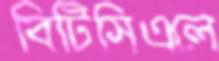
বিটিসিএলে